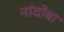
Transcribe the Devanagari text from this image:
नांदोबा